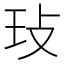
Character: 㺳